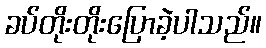
ခပ်တိုးတိုးပြောခဲ့ပါသည်။